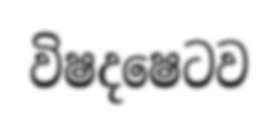
විෂදෂෙටව